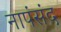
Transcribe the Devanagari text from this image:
नापंसंद